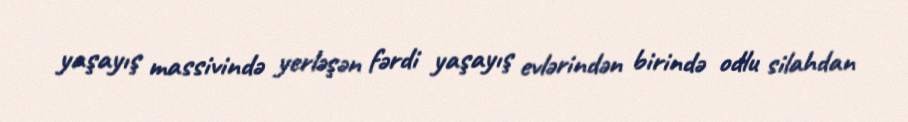
yaşayış massivində yerləşən fərdi yaşayış evlərindən birində odlu silahdan